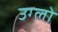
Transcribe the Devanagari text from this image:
उग्लो